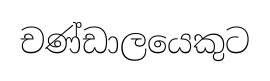
චණ්ඩාලයෙකුට